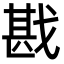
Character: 戡